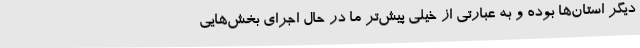
دیگر استان‌ها بوده و به عبارتی از خیلی پیش‌تر ما در حال اجرای بخش‌هایی